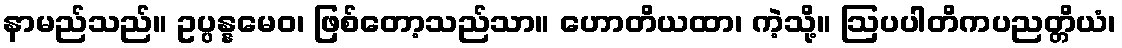
နာမည်သည်။ ဥပ္ပန္နမေဝ၊ ဖြစ်တော့သည်သာ။ ဟောတိယထာ၊ ကဲ့သို့။ ဩပပါတိကပညတ္တိယံ၊